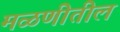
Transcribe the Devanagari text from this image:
मळणीतील